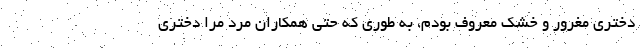
دختری مغرور و خشک معروف بودم، به طوری که حتی همکاران مرد مرا دختری